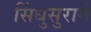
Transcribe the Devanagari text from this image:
सिंधुसुराने